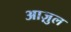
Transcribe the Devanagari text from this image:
आज़ुल